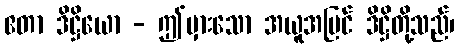
ဧတာ ဒိဋ္ဌိယော - ဤမှားသော အယူအမြင် ဒိဋ္ဌိတို့သည်၊